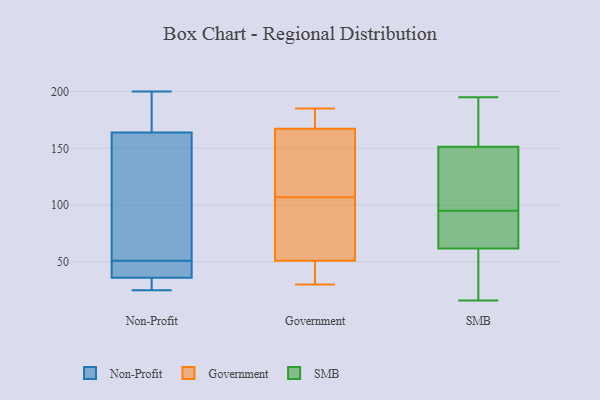
{"axis": {"x": "Waste Production (Tons)", "y": "Value"}, "legend": ["Government", "Non-Profit", "SMB"], "data": [{"x": "", "y": 49, "type": "Non-Profit"}, {"x": "", "y": 34, "type": "Non-Profit"}, {"x": "", "y": 36, "type": "Non-Profit"}, {"x": "", "y": 25, "type": "Non-Profit"}, {"x": "", "y": 53, "type": "Non-Profit"}, {"x": "", "y": 166, "type": "Non-Profit"}, {"x": "", "y": 200, "type": "Non-Profit"}, {"x": "", "y": 44, "type": "Non-Profit"}, {"x": "", "y": 57, "type": "Non-Profit"}, {"x": "", "y": 164, "type": "Non-Profit"}, {"x": "", "y": 48, "type": "Government"}, {"x": "", "y": 102, "type": "Government"}, {"x": "", "y": 107, "type": "Government"}, {"x": "", "y": 171, "type": "Government"}, {"x": "", "y": 185, "type": "Government"}, {"x": "", "y": 171, "type": "Government"}, {"x": "", "y": 30, "type": "Government"}, {"x": "", "y": 156, "type": "Government"}, {"x": "", "y": 46, "type": "Government"}, {"x": "", "y": 138, "type": "Government"}, {"x": "", "y": 60, "type": "Government"}, {"x": "", "y": 16, "type": "SMB"}, {"x": "", "y": 158, "type": "SMB"}, {"x": "", "y": 127, "type": "SMB"}, {"x": "", "y": 159, "type": "SMB"}, {"x": "", "y": 95, "type": "SMB"}, {"x": "", "y": 75, "type": "SMB"}, {"x": "", "y": 163, "type": "SMB"}, {"x": "", "y": 60, "type": "SMB"}, {"x": "", "y": 49, "type": "SMB"}, {"x": "", "y": 71, "type": "SMB"}, {"x": "", "y": 67, "type": "SMB"}, {"x": "", "y": 21, "type": "SMB"}, {"x": "", "y": 130, "type": "SMB"}, {"x": "", "y": 195, "type": "SMB"}, {"x": "", "y": 132, "type": "SMB"}]}